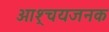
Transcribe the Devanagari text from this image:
आश्र्चयजनक